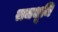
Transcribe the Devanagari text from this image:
राजभूमि